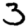
Digit: 3